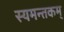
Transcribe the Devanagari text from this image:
स्यमन्तकम्